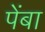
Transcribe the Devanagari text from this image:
पेंबा